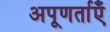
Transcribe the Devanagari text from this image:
अपूणर्ताएँ